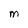
Character: M